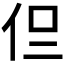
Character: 𠇝